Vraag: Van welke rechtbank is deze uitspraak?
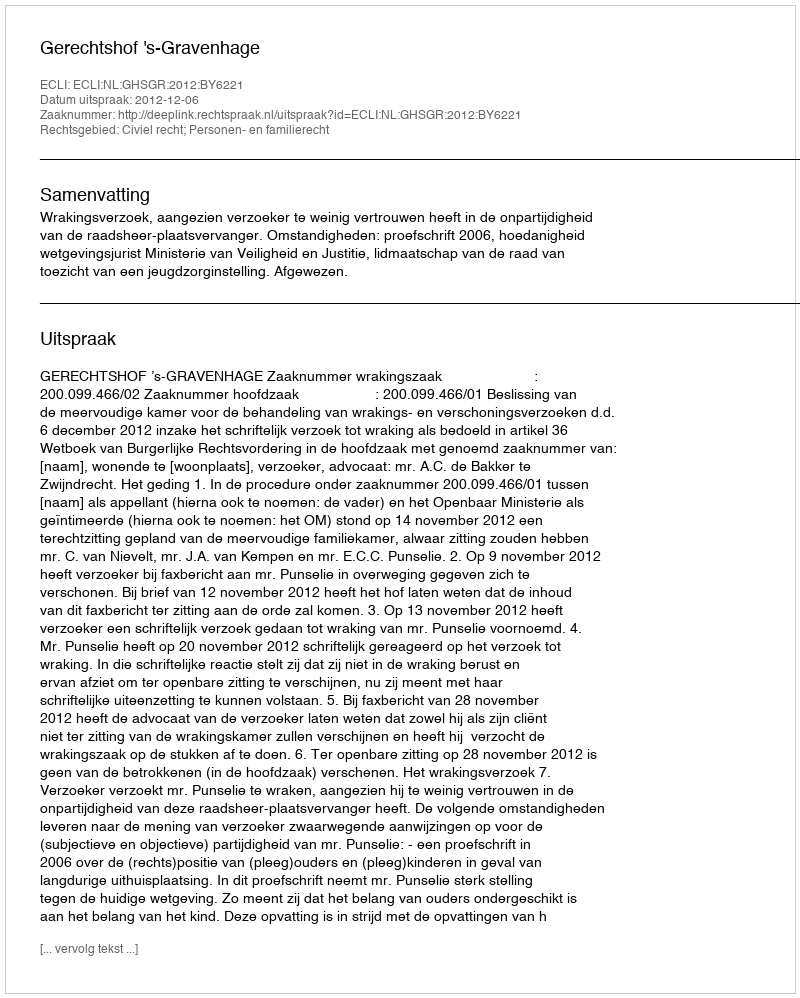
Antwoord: Gerechtshof 's-Gravenhage